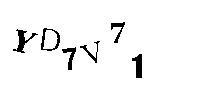
YD7V71